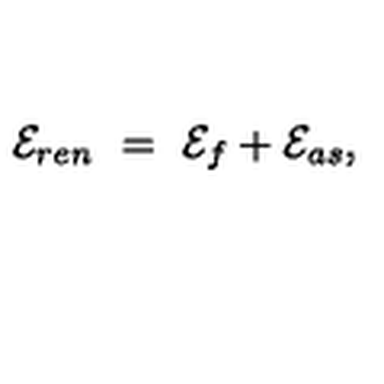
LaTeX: { \cal E } _ { r e n } \ = \ { \cal E } _ { f } + { \cal E } _ { a s } ,